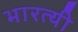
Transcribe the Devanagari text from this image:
भारत्यी